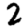
Digit: 2